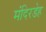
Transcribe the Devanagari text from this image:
मंदिरडेह